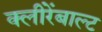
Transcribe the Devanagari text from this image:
क्लीरेंबाल्ट